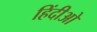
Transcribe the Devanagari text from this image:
हिंदीओ